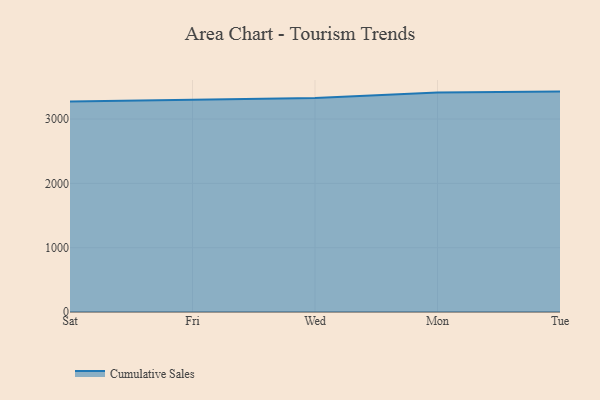
{"axis": {"x": "Day", "y": "Tickets Resolved"}, "legend": ["Cumulative Sales"], "data": [{"x": "Sat", "y": 3274.6, "type": "Cumulative Sales"}, {"x": "Fri", "y": 3296.6, "type": "Cumulative Sales"}, {"x": "Wed", "y": 3326.1, "type": "Cumulative Sales"}, {"x": "Mon", "y": 3411.1, "type": "Cumulative Sales"}, {"x": "Tue", "y": 3426.9, "type": "Cumulative Sales"}]}